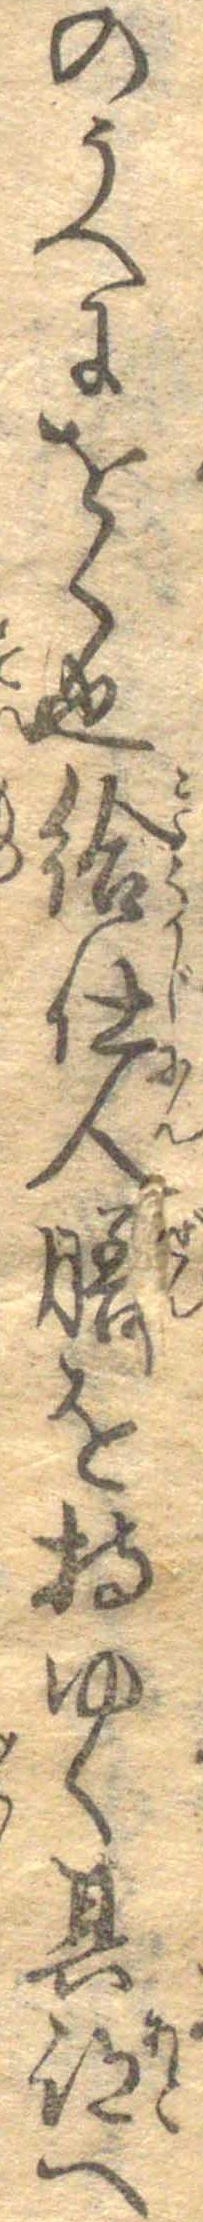
のうへにをく也給仕人膳を持ゆく其跡へ